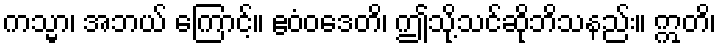
ကသ္မာ၊ အဘယ် ကြောင့်။ ဧဝံဝဒေတိ၊ ဤသို့သင်ဆိုဘိသနည်း။ ဣတိ၊